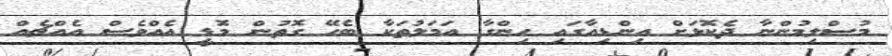
މުސްލިމުންނާ ދެކޮޅަށް އިންޑިއާގައި ހިންގާ އަމަލުތަކާ ބެހޭ ގޮތުން މޮޑީ އެއްވެސް އެއްޗެއް